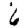
Digit: 6